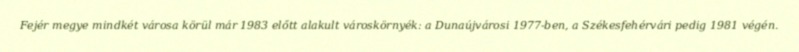
Fejér megye mindkét városa körül már 1983 előtt alakult városkörnyék: a Dunaújvárosi 1977-ben, a Székesfehérvári pedig 1981 végén.